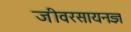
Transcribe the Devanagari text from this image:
जीवरसायनज्ञ